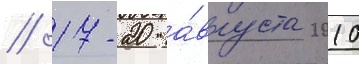
// 17-20 а́вгуста 2010